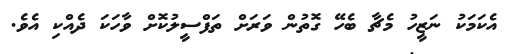
އެކަމަކު ނަޒީހު މެޗާ ބެހޭ ގޮތުން ވަރަށް ތަފްސީލުކޮށް ވާހަކަ ދެއްކި އެވެ.